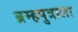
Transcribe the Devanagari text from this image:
ब्रम्हपुत्राला